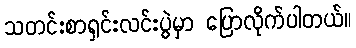
သတင်းစာရှင်းလင်းပွဲမှာ ပြောလိုက်ပါတယ်။